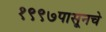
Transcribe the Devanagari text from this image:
१९९७पासूनचे